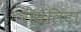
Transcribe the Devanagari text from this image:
रॉसैलिटा